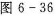
图6-36